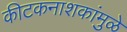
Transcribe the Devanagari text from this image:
कीटकनाशकांमुळे